画像に写った文字を読んでください
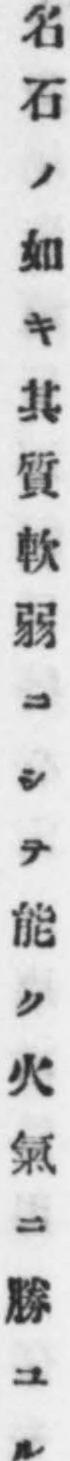
「名石ノ如キ其質軟弱ニシテ能ク火氣ニ勝ユル」と書いてあります